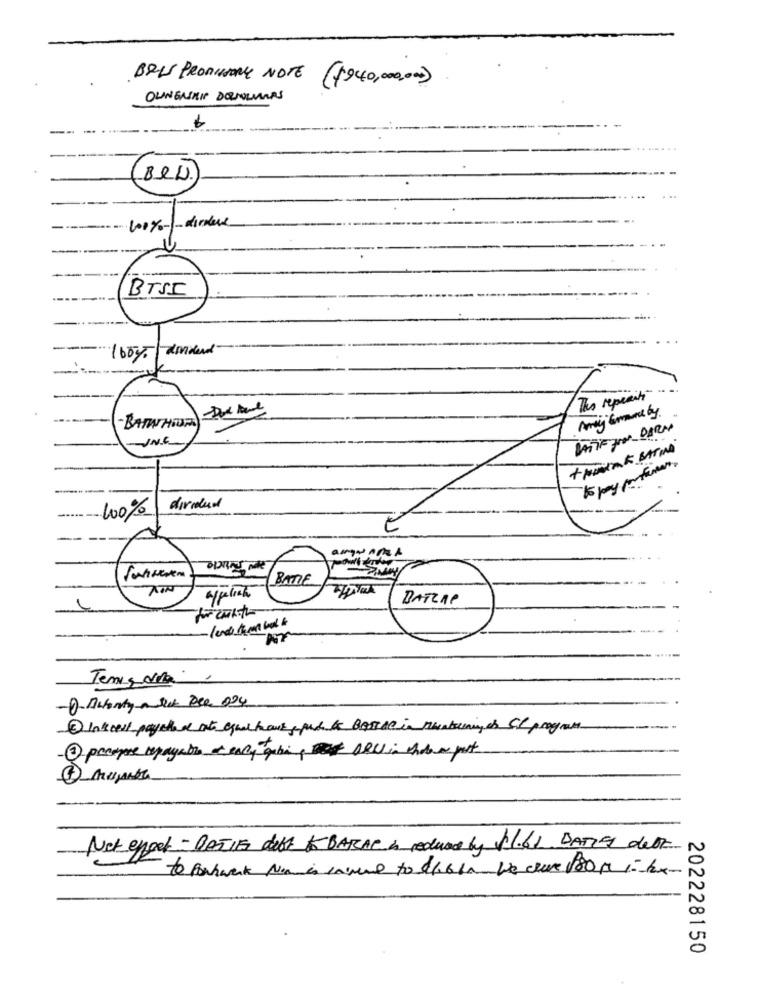
BRIS PROMISSORY NOTE
(1940,000,00)
OLINGARIP DOMOLUNAS
(BL)
100% -- dirdeux
BTSI
The repenity
-BATA HOURS) Bud lane
Amy Grandby
BATIF JAN DARAN
JNE
+ MAMAK BATINA
100%
divided
BATTIE
BATZAP
Tenis dia ,
-1-Autenty next Pee 024
-2 pacepre mepayable of early gabi PORCin ando a port
Net eppel - DATIF debt to BARAC & reduced by f1.61. DATE deot
202228150